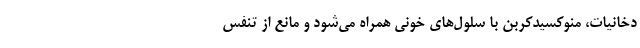
دخانیات، منوکسیدکربن با سلول‌های خونی همراه می‌شود و مانع از تنفس